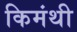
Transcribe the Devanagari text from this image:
किमंथी